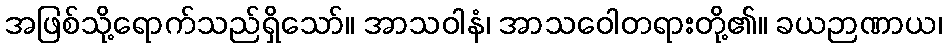
အဖြစ်သို့ရောက်သည်ရှိသော်။ အာသဝါနံ၊ အာသဝေါတရားတို့၏။ ခယဉာဏာယ၊